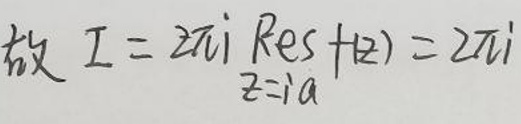
故\(I = 2\pi i Res \left( f,z \right) = 2\pi i \)\\
\(z = i a\)